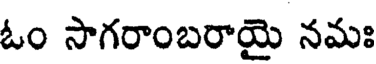
ఓం సాగరాంబరాయై నమః